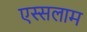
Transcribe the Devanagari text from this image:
एस्सलाम